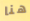
هنا